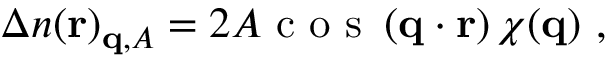
\begin{array} { r } { \Delta n ( \mathbf { r } ) _ { \mathbf { q } , A } = 2 A \textnormal { c o s } \left( \mathbf { q } \cdot \mathbf { r } \right) \chi ( \mathbf { q } ) \ , } \end{array}